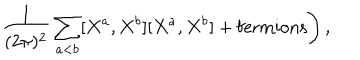
LaTeX: \left. \frac { 1 } { ( 2 \pi ) ^ { 2 } } \sum _ { a < b } [ X ^ { a } , X ^ { b } ] [ X ^ { a } , X ^ { b } ] + \mathrm { f e r m i o n s } \right) ,